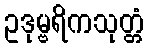
ဥဒုမ္ဗရိကသုတ္တံ